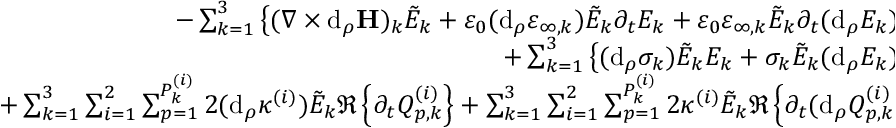
\begin{array} { r l } { - \sum _ { k = 1 } ^ { 3 } \left\{ ( \nabla \times \mathrm { d } _ { \rho } \mathbf { H } ) _ { k } \tilde { E } _ { k } + \varepsilon _ { 0 } ( \mathrm { d } _ { \rho } \varepsilon _ { \infty , k } ) \tilde { E } _ { k } \partial _ { t } E _ { k } + \varepsilon _ { 0 } \varepsilon _ { \infty , k } \tilde { E } _ { k } \partial _ { t } ( \mathrm { d } _ { \rho } E _ { k } ) \right\} \; } & { { } } \\ { + \sum _ { k = 1 } ^ { 3 } \left\{ ( \mathrm { d } _ { \rho } \sigma _ { k } ) \tilde { E } _ { k } E _ { k } + \sigma _ { k } \tilde { E } _ { k } ( \mathrm { d } _ { \rho } E _ { k } ) \right\} \; } & { { } } \\ { + \sum _ { k = 1 } ^ { 3 } \sum _ { i = 1 } ^ { 2 } \sum _ { p = 1 } ^ { P _ { k } ^ { ( i ) } } 2 ( \mathrm { d } _ { \rho } \kappa ^ { ( i ) } ) \tilde { E } _ { k } \Re \left\{ \partial _ { t } Q _ { p , k } ^ { ( i ) } \right\} + \sum _ { k = 1 } ^ { 3 } \sum _ { i = 1 } ^ { 2 } \sum _ { p = 1 } ^ { P _ { k } ^ { ( i ) } } 2 \kappa ^ { ( i ) } \tilde { E } _ { k } \Re \left\{ \partial _ { t } ( \mathrm { d } _ { \rho } Q _ { p , k } ^ { ( i ) } ) \right\} } & { { } = 0 , } \end{array}